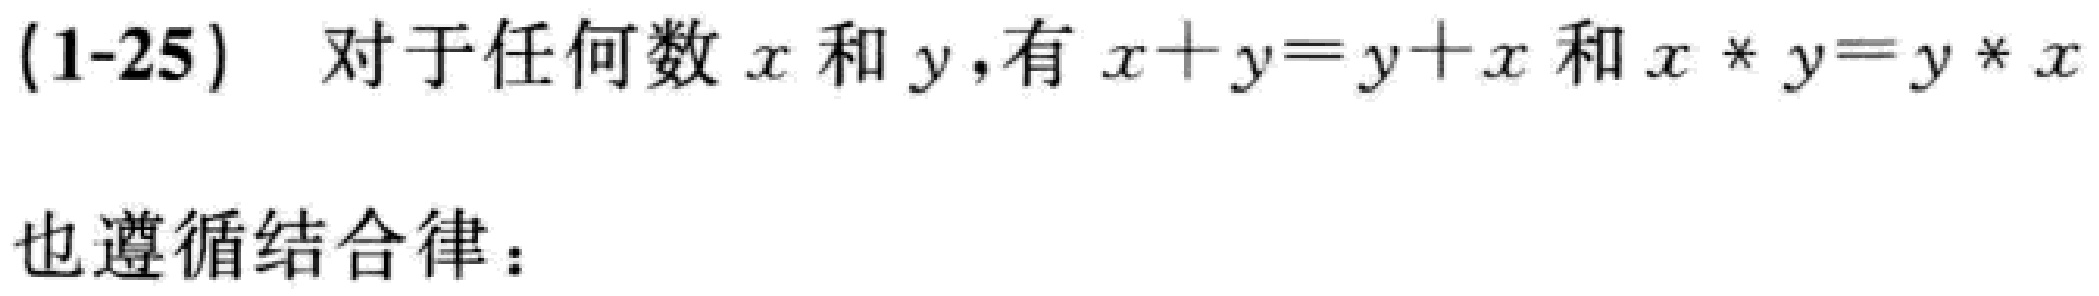
(1-25) 对于任何数 \(x\) 和 \(y\)，有 \(x + y = y + x\) 和 \(x * y = y * x\)

也遵循结合律：